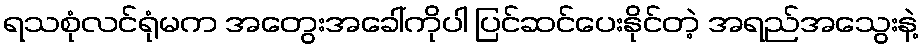
ရသစုံလင်ရုံမက အတွေးအခေါ်ကိုပါ ပြင်ဆင်ပေးနိုင်တဲ့ အရည်အသွေးနဲ့